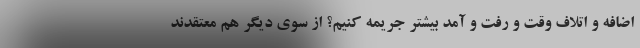
اضافه و اتلاف وقت و رفت و آمد بیشتر جریمه کنیم؟ از سوی دیگر هم معتقدند